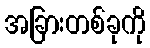
အခြားတစ်ခုကို